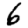
Digit: 6